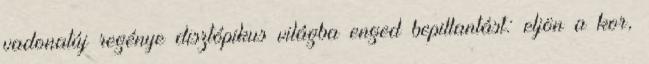
vadonatúj regénye disztópikus világba enged bepillantást: eljön a kor,